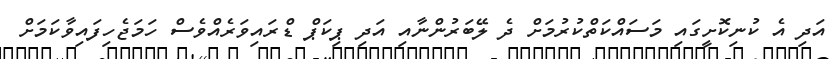
އަދި އެ ކުނިކޮށީގައި މަސައްކަތްކުރުމަށް ދެ ލޭބަރުންނާއި އަދި ޕިކަޕް ޑްރައިވަރެއްވެސް ހަމަޖެހިފައިވާކަމަށް